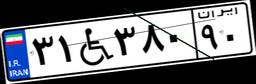
۳۱W۳۸۰۹۰